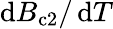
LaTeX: \mathop{}\! \mathrm{d}B_{\mathrm{c2}}/\mathop{}\! \mathrm{d}T